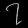
Digit: ၇